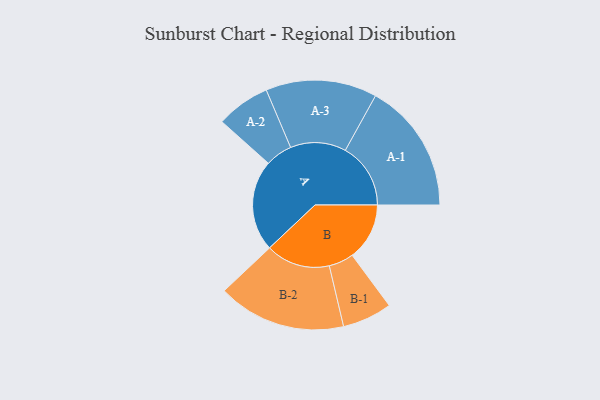
{"axis": {"x": "Segment", "y": "Value"}, "legend": ["", "A", "B"], "data": [{"x": "A", "y": 385, "type": ""}, {"x": "B", "y": 242, "type": ""}, {"x": "A-1", "y": 276, "type": "A"}, {"x": "A-2", "y": 114, "type": "A"}, {"x": "A-3", "y": 235, "type": "A"}, {"x": "B-1", "y": 105, "type": "B"}, {"x": "B-2", "y": 271, "type": "B"}]}